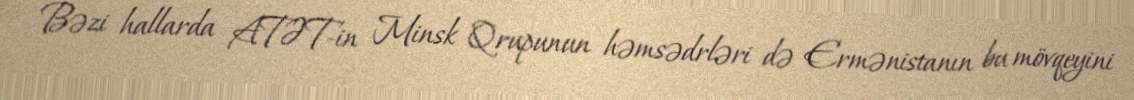
Bəzi hallarda ATƏT-in Minsk Qrupunun həmsədrləri də Ermənistanın bu mövqeyini